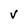
Character: v